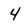
Character: 4